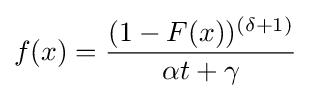
f(x)={\frac {(1-F(x))^{(\delta +1)}}{\alpha t+\gamma }}